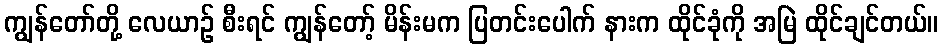
ကျွန်တော်တို့ လေယာဉ် စီးရင် ကျွန်တော့် မိန်းမက ပြတင်းပေါက် နားက ထိုင်ခုံကို အမြဲ ထိုင်ချင်တယ်။